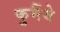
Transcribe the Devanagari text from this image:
कुमैंये